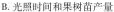
B.光照时间和果树苗产量